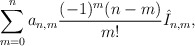
\begin{align*} \sum_{m=0}^na_{n,m}\frac{(-1)^m(n-m)}{m!}\hat{I}_{n,m},\end{align*}